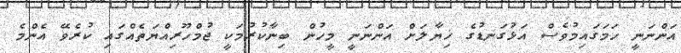
އަންނަނީ ހަމަގައިމުވެސް އަޅުގަނޑުގެ ޚިޔާލަށް އަންނަނީ މީހުން ބިނާކުރުމަކީ ޖުމްހޫރިއްޔަތެއްގައި ކުރެވޭ އެންމެ